Report on the working of the mental hospitals for Indians in Bihar and Orissa - 1925-1929
Year: 1925
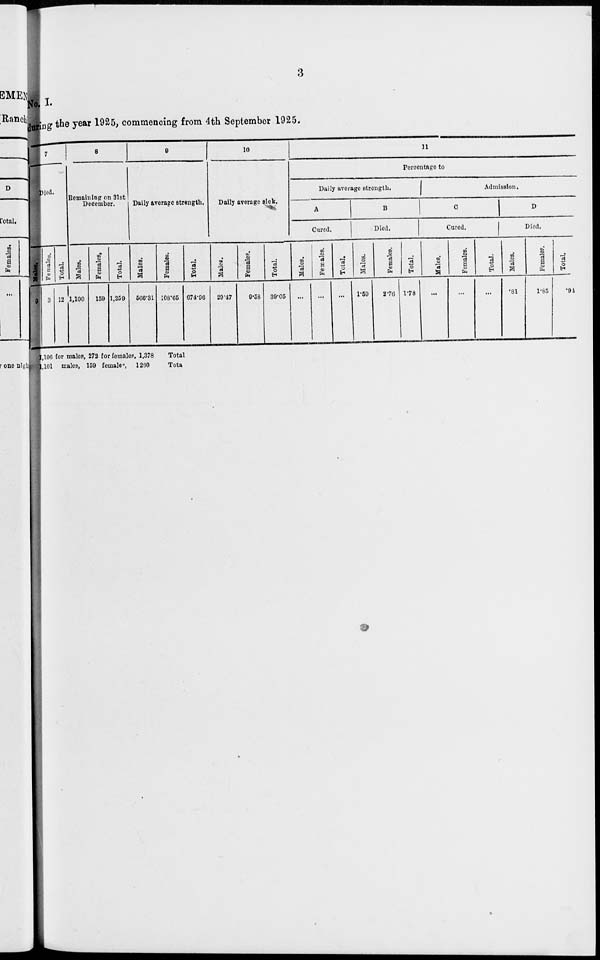
3
No. I.
during the year 1925, commencing from 4th September 1925.
7
Pied.
Males.
9
Females.
3
Total.
12
8
Remaining on 31st
December.
Males.
1,100
Females.
159
Total.
1,259
9
Daily average strength.
Males.
566.31
Females.
108.65
Total.
674.96
10
Daily average sick.
Males.
29.47
Females.
9.58
Total.
39.05
11
Percentage to
Daily average strength.
A
Cured.
Males.
...
Females.
...
Total.
...
B
Died.
Males.
1.59
Females.
2.76
Total.
1.78
Admission.
C
Cured.
Males.
...
Females.
...
Total.
...
D
Died.
Males.
.81
Females.
1.85
Total.
.94
1,106 for males, 272 for females, 1,378
1,101 males, 159 females,
1,260
Total
Total